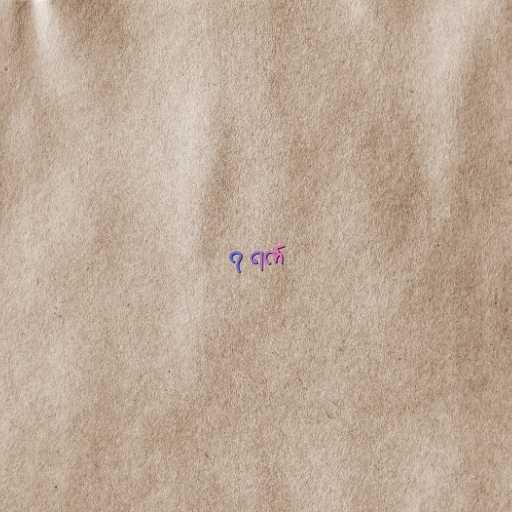
၇ ရက်